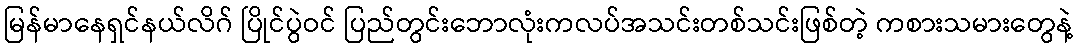
မြန်မာနေရှင်နယ်လိဂ် ပြိုင်ပွဲဝင် ပြည်တွင်းဘောလုံးကလပ်အသင်းတစ်သင်းဖြစ်တဲ့ ကစားသမားတွေနဲ့